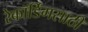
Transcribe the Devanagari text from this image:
रेकॉर्डिंगसाठी